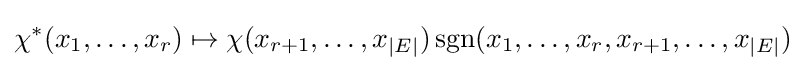
\chi ^{*}(x_{1},\dots ,x_{r})\mapsto \chi (x_{r+1},\dots ,x_{|E|})\operatorname {sgn} (x_{1},\dots ,x_{r},x_{r+1},\dots ,x_{|E|})